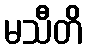
မသီတိ